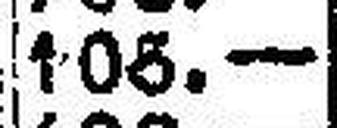
106.—